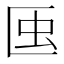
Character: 𧈟